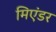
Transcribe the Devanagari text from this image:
मिएंडर